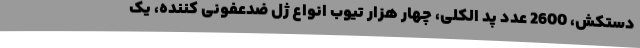
دستکش، 2600 عدد پد الکلی، چهار هزار تیوب انواع ژل ضدعفونی کننده، یک